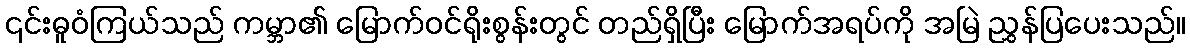
၎င်းဓူဝံကြယ်သည် ကမ္ဘာ၏ မြောက်ဝင်ရိုးစွန်းတွင် တည်ရှိပြီး မြောက်အရပ်ကို အမြဲ ညွှန်ပြပေးသည်။